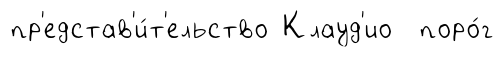
пр'едстав'и́т'ельство Клауд'ио поро́г